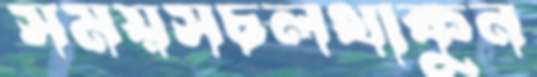
সময়সচলথাকুন